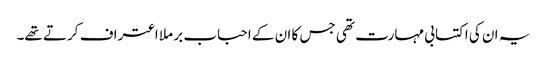
یہ ان کی اکتسابی مہارت تھی جس کا ان کے احباب بر ملا اعتراف کرتے تھے۔